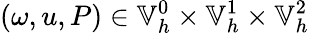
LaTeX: (\omega,u,P)\in\mathbb{V}_{h}^{0}\times\mathbb{V}_{h}^{1}\times\mathbb{V}_{h}^{2}